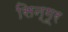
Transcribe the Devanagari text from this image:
सिन्गूर